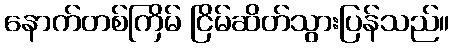
နောက်တစ်ကြိမ် ငြိမ်ဆိတ်သွားပြန်သည်။